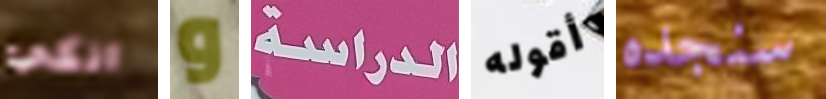
انكي و الدراسة أقوله سنجده